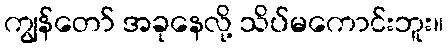
ကျွန်တော် အခုနေလို့ သိပ်မကောင်းဘူး။